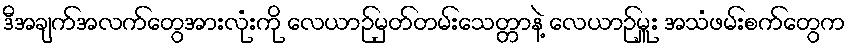
ဒီအချက်အလက်တွေအားလုံးကို လေယာဉ်မှတ်တမ်းသေတ္တာနဲ့ လေယာဉ်မှူး အသံဖမ်းစက်တွေက